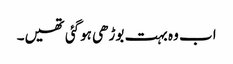
اب وہ بہت بوڑھی ہوگئی تھیں۔